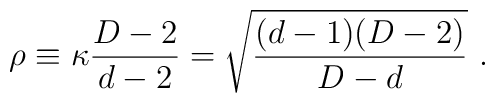
\rho\equiv \kappa {{D-2}\over{d-2}} =\sqrt{(d-1)(D-2)\over{D-d}}~.